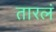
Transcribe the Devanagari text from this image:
तारलं